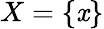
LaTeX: X=\{ \mathit{x}\}